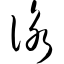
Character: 咏